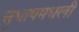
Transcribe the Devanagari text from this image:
सुभाषमधली